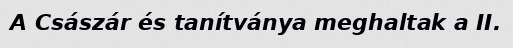
A Császár és tanítványa meghaltak a II.